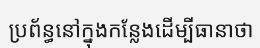
ប្រព័ន្ធនៅក្នុងកន្លែងដើម្បីធានាថា